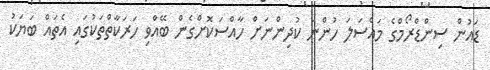
ޑައުން ސިންޑްރޯމްގެ މައްސަލަ ހުންނަ ކުދިންނަށް ހާއްސަކޮށްގެން ބޭއްވި ހަރަކާތްތަކުގައި އެތައް ބަޔަކު